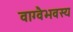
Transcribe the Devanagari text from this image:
वाग्वैभवस्य